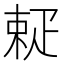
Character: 𤴚